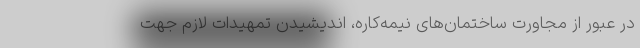
در عبور از مجاورت ساختمان‌های نیمه‌کاره، اندیشیدن تمهیدات لازم جهت